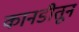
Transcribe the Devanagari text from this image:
कानडीतून